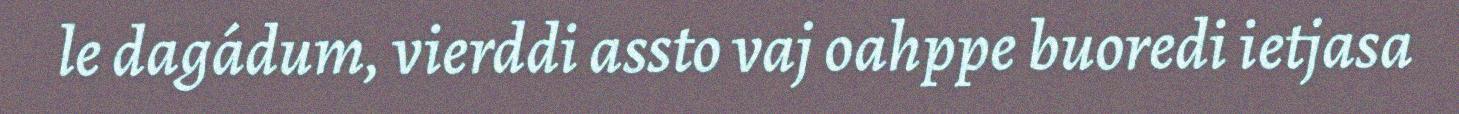
le dagádum, vierddi assto vaj oahppe buoredi ietjasa